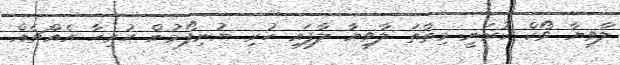
ލާވިޔާ ވޯކް ކުރަނީ މިތާތަ ލާވިޔާ ލާފައި ހުރި ޔުނިފޯމުން ހުރިހާ އެއްޗެއް